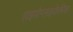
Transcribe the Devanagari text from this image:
हाइपोग्लाइकेमिक